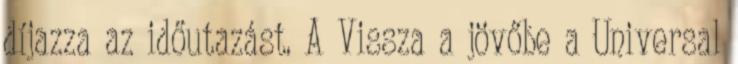
díjazza az időutazást. A Vissza a jövőbe a Universal